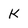
Character: k